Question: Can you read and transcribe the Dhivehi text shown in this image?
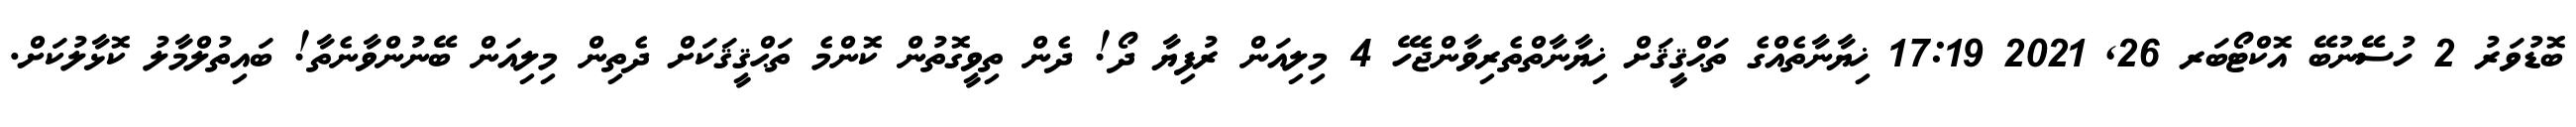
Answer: ބޮޑުވަރު 2 ހުސޭނުބޭ އޮކްޓޯބަރ 26, 2021 17:19 ޚިޔާނާތެއްގެ ތަޙްޤީޤަށް ޚިޔާނާތްތެރިވާންޖެހޭ 4 މިލިއަން ރުފިޔާ ދޯ! ދެން ތިވީގޮތުން ކޮންމެ ތަޙްޤީޤަކަށް ދެތިން މިލިއަން ބޭނުންވާނެތާ! ބައިތުލްމާލު ކޮޅާލުކަށް.